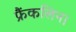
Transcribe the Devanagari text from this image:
फ्रैंकलिन।